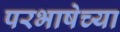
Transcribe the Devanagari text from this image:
परभाषेच्या